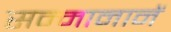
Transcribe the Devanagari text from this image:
सन्मानानें